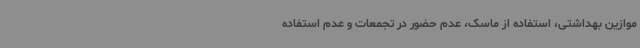
موازین بهداشتی، استفاده از ماسک، عدم حضور در تجمعات و عدم استفاده